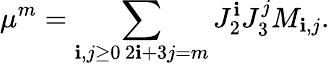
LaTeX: \mu^{m}=\sum_{\substack{\mathbf{i},j\ge0\, 2\mathbf{i}+3j=m}}J_{2}^{\mathbf{i}}J_{3}^{j}M_{\mathbf{i},j}.